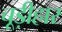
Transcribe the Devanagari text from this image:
चूड़ीहार